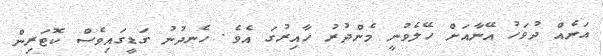
އަނެއް ދުވަހު އޭނާއަށް ހޭލެވުނީ މެންދުރު ހާއިރުގަ އެވެ. ހެނދުނު ގަޑީގައިވެސް ކޮޓަރިން